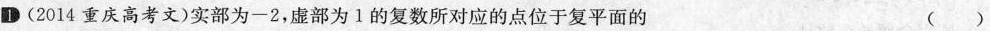
1.(2014重庆高考文) 实部为-2，虚部为1的复数所对应的点位于复平面的 ( )